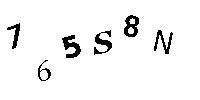
765S8N